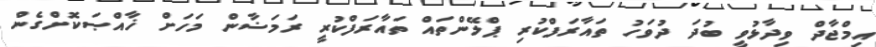
އިމްޖާދް ވިދާޅުވީ ބުދަ ދުވަހު ތައާރަފްކުރި ޕްލޭންތައް ތައާރަފްކުރީ ރަމަޟާން މަަހަށް ޚާއްޞަކޮށްގެން